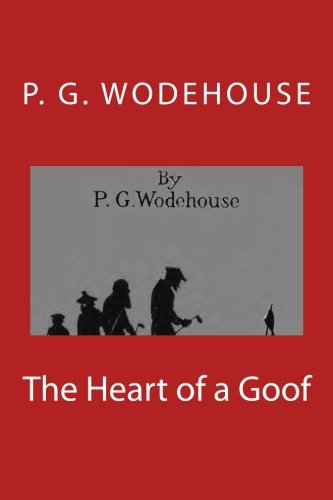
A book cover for The Heart of a Goof; P. G. Wodehouse; Humor & Entertainment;